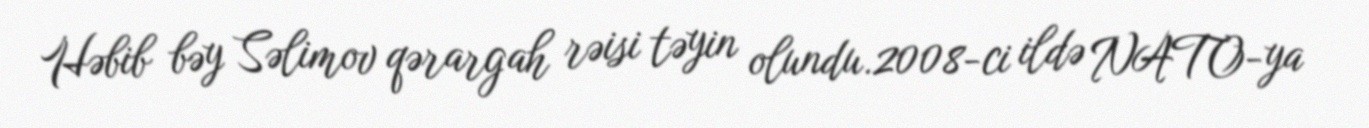
Həbib bəy Səlimov qərargah rəisi təyin olundu.2008-ci ildə NATO-ya